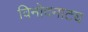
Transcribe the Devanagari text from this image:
विनोदनाट्य